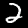
Digit: 2